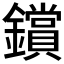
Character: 鑜